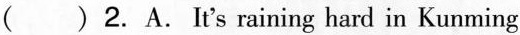
( )2.A. It's raining hard in Kunming